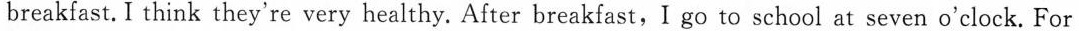
breakfast.I think they're very healthy. After breakfast,I go to school at seven o'clock. For